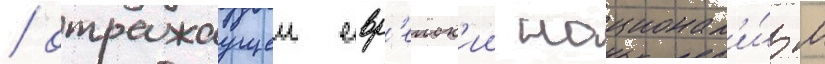
/ отражаущеи евр'еиск'ии национал'и́зм